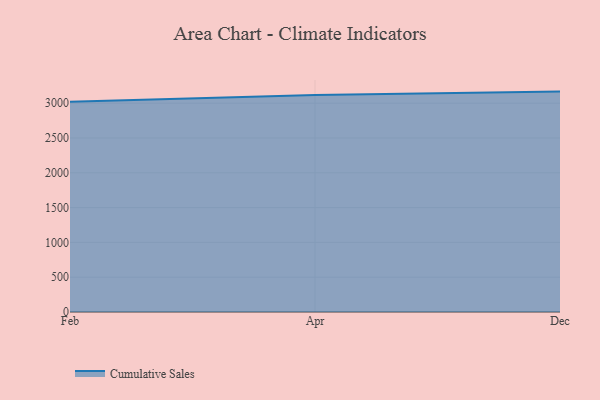
{"axis": {"x": "Month", "y": "Active Users"}, "legend": ["Cumulative Sales"], "data": [{"x": "Feb", "y": 3019.1, "type": "Cumulative Sales"}, {"x": "Apr", "y": 3118.7, "type": "Cumulative Sales"}, {"x": "Dec", "y": 3166.5, "type": "Cumulative Sales"}]}